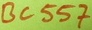
Text: BC557